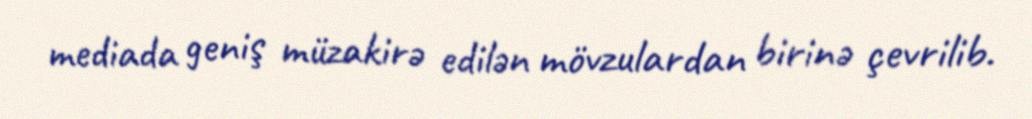
mediada geniş müzakirə edilən mövzulardan birinə çevrilib.